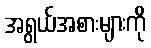
အရွယ်အစားများကို